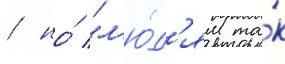
/ но́ "л'ю́д'ям та́к